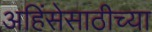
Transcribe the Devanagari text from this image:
अहिंसेसाठीच्या